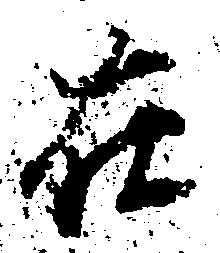
在